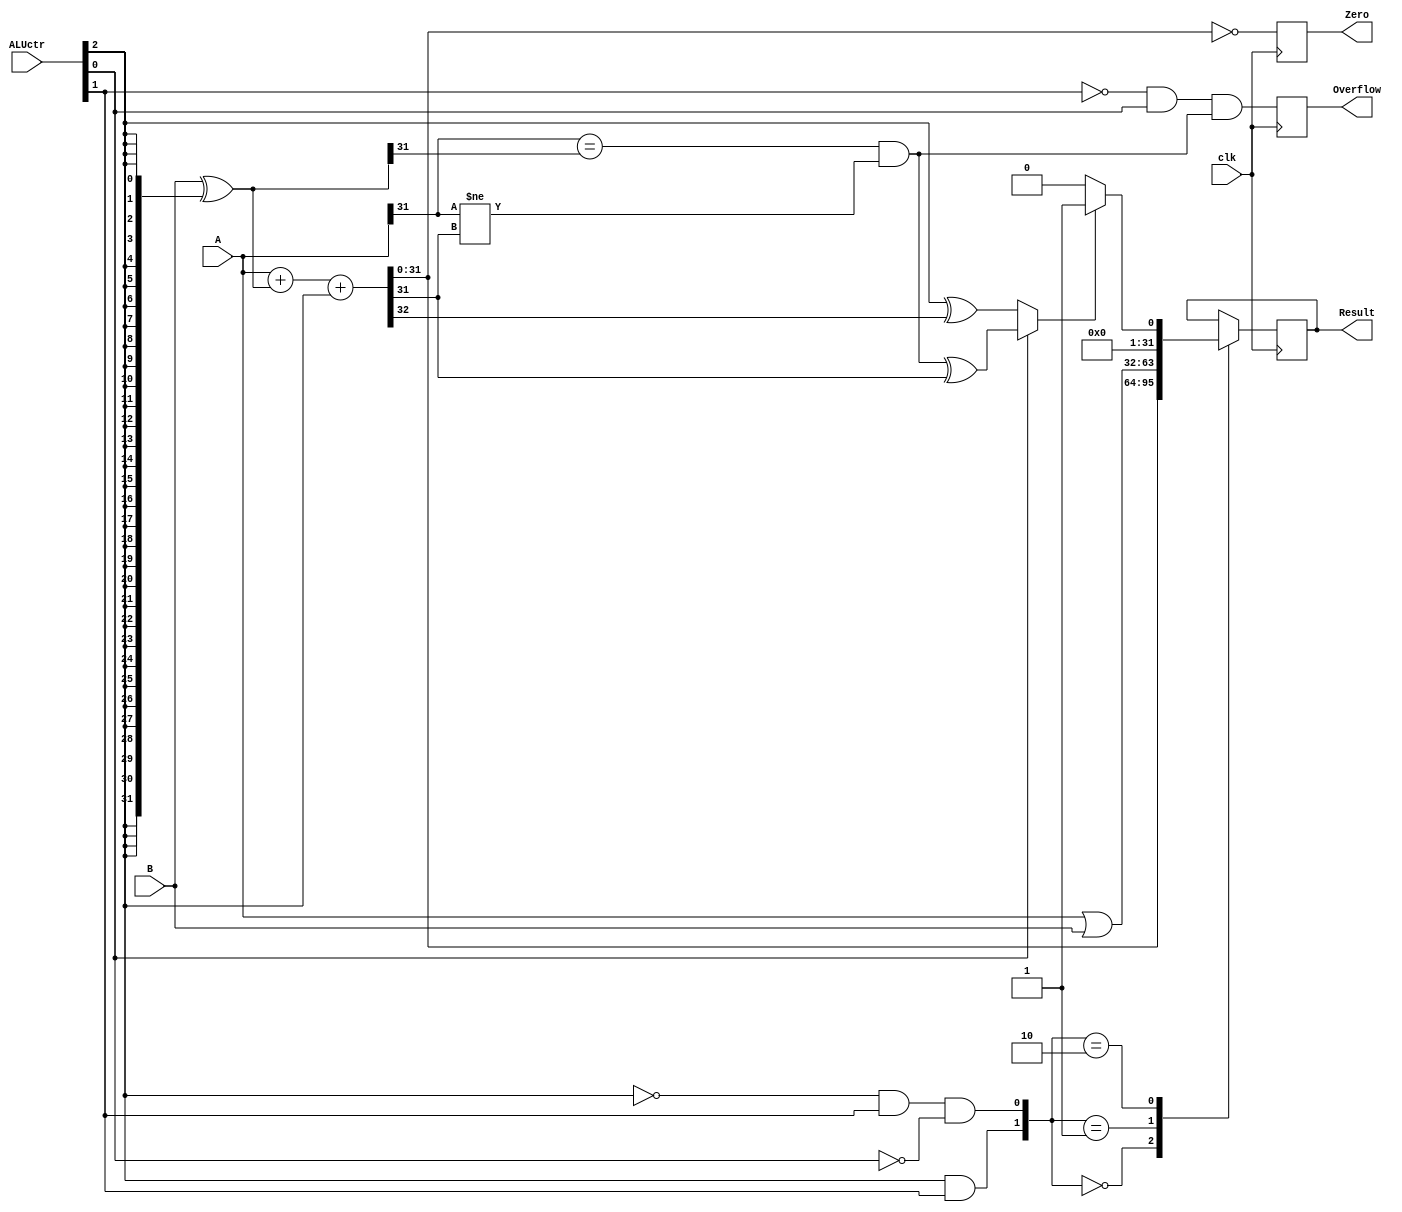
module ALU(
input clk,
input wire [31:0]A,
input wire [31:0]B,
input wire [2:0]ALUctr,

output reg Zero,
output reg [31:0]Result,
output reg Overflow
);
reg [31:0]Add_Result;
wire SUBctr,OVctr,SIGctr;
wire [1:0]OPctr;
reg Add_Carry;
reg Add_Sign;
reg Add_Overflow; 
reg [31:0]Compare;
reg Less;

assign SUBctr=ALUctr[2];
assign OVctr=!ALUctr[1]&ALUctr[0];
assign SIGctr=ALUctr[0];
assign OPctr={ALUctr[2]&ALUctr[1],!ALUctr[2]&ALUctr[1]&!ALUctr[0]};

reg [31:0]f;
reg [31:0]k;
reg temp;


always@(posedge clk)
begin
	{Add_Carry, Add_Result}=A+(B^{32{SUBctr}})+SUBctr;
	Add_Sign=Add_Result[31];
	
	k=(B^{32{SUBctr}});
	Add_Overflow=((A[31]==k[31]) && (A[31]!=Add_Result[31]));

	Less=SIGctr?(Add_Overflow^Add_Sign):(SUBctr^Add_Carry);
	Compare=Less?1:0;
	Zero=(Add_Result==0);
	Overflow=OVctr&Add_Overflow;
	case(OPctr)
		3'b00:
			Result=Add_Result;
		3'b01:
			Result=(A|B);
		3'b10:
			Result=Compare;
	endcase
end

endmodule